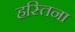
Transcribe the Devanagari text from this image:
हस्तिना